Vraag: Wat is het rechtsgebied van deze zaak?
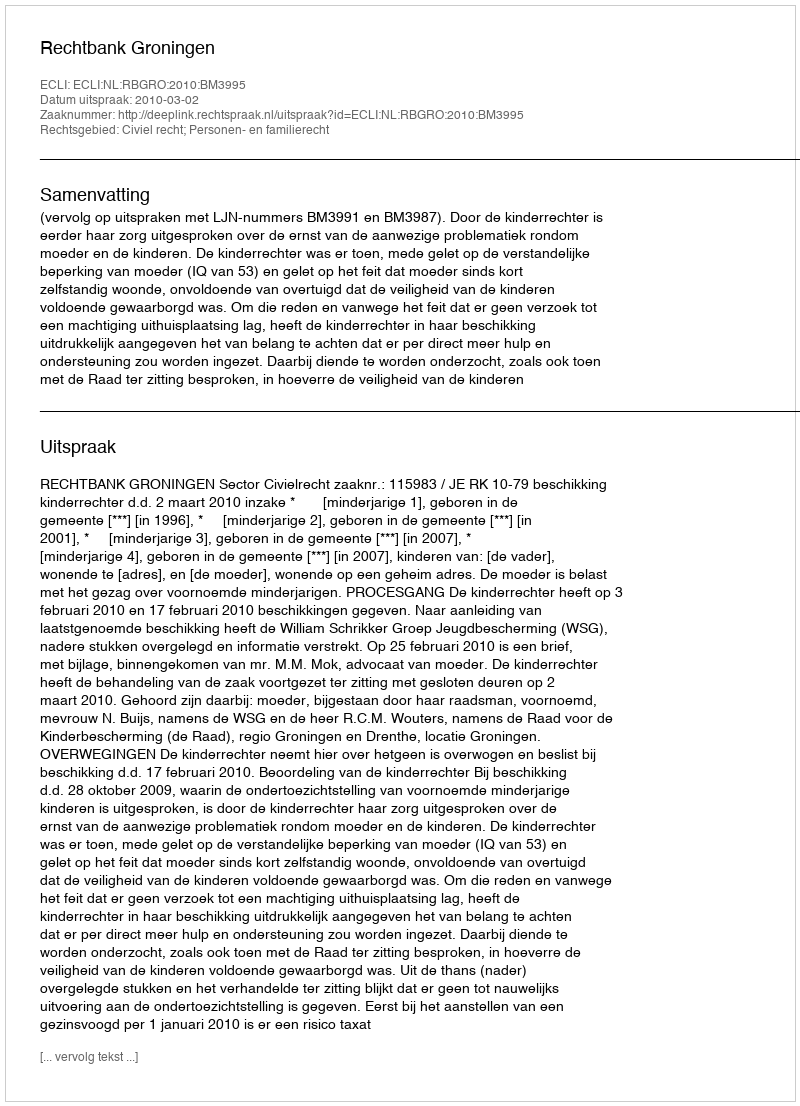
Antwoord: Civiel recht; Personen- en familierecht